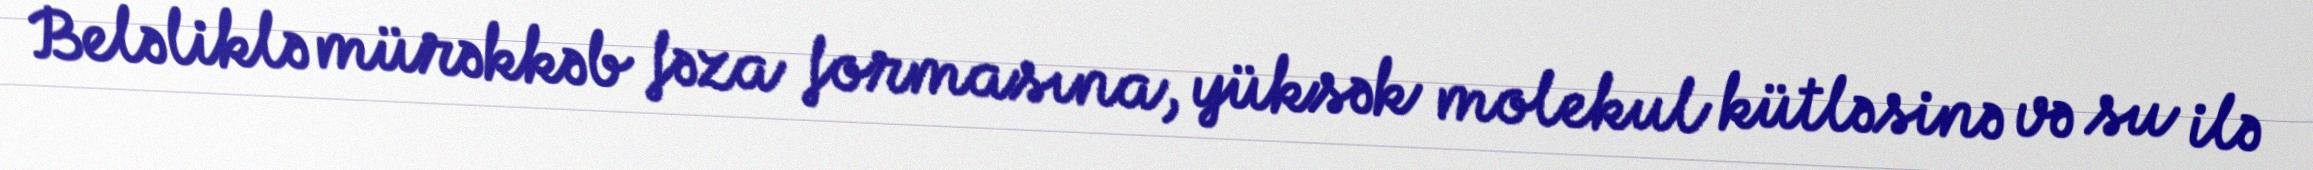
Beləliklə mürəkkəb fəza formasına, yüksək molekul kütləsinə və su ilə